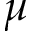
\mu